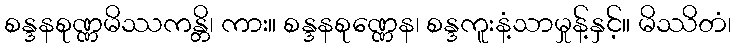
စန္ဒနစုဏ္ဏမိဿကန္တိ၊ ကား။ စန္ဒနစုဏ္ဏေန၊ စန္ဒကူးနံ့သာမှုန့်နှင့်။ မိဿိတံ၊